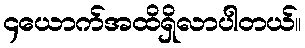
၄ယောက်အထိရှိလာပါတယ်။